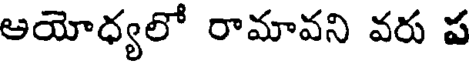
ఆయోధ్యలో రామావని వరు ప